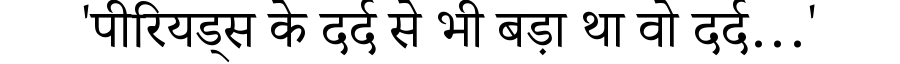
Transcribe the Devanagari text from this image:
'पीरियड्स के दर्द से भी बड़ा था वो दर्द…'